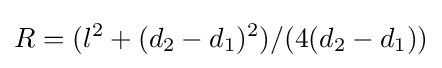
R=(l^{2}+(d_{2}-d_{1})^{2})/(4(d_{2}-d_{1}))